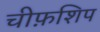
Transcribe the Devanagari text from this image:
चीफ़शिप